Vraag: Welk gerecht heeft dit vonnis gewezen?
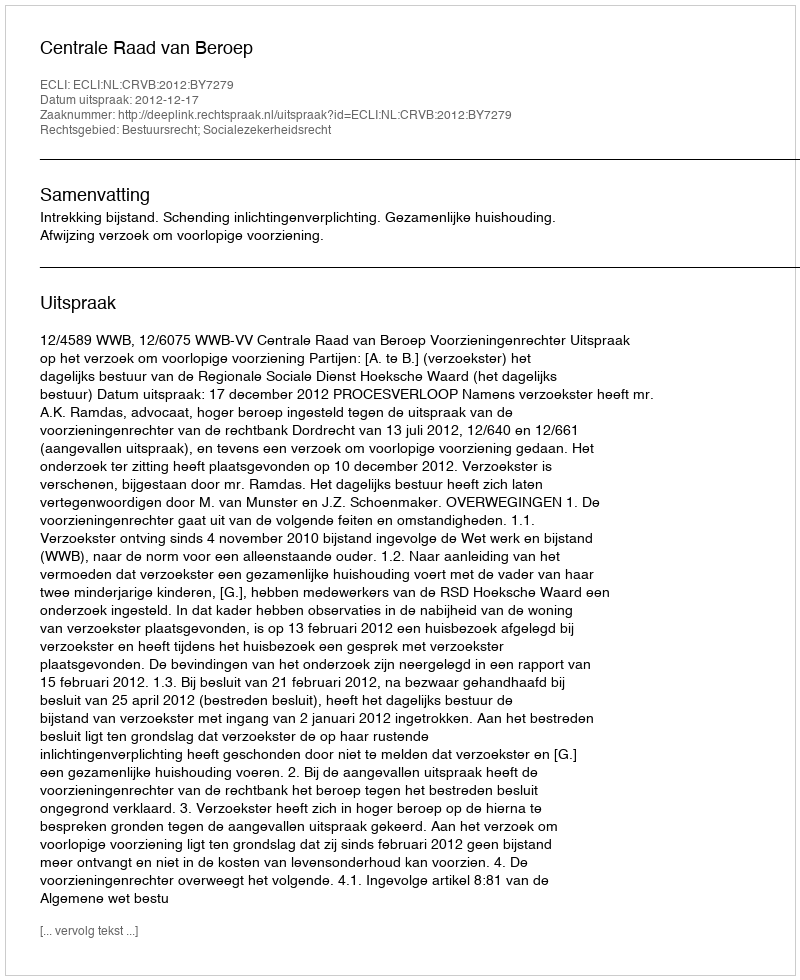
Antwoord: Centrale Raad van Beroep